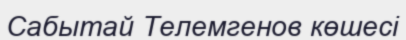
Сабытай Телемгенов көшесі